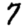
Digit: 7